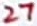
Text: 27